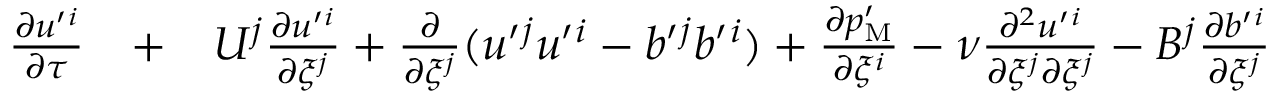
\begin{array} { r l r } { \frac { \partial u ^ { \prime } { } ^ { i } } { \partial \tau } } & { { } + } & { U ^ { j } \frac { \partial u ^ { \prime } { } ^ { i } } { \partial \xi ^ { j } } + \frac { \partial } { \partial \xi ^ { j } } ( u ^ { \prime } { } ^ { j } u ^ { \prime } { } ^ { i } - b ^ { \prime } { } ^ { j } b ^ { \prime } { } ^ { i } ) + \frac { \partial p _ { \mathrm { { M } } } ^ { \prime } } { \partial \xi ^ { i } } - \nu \frac { \partial ^ { 2 } u ^ { \prime } { } ^ { i } } { \partial \xi ^ { j } \partial \xi ^ { j } } - B ^ { j } \frac { \partial b ^ { \prime } { } ^ { i } } { \partial \xi ^ { j } } } \end{array}